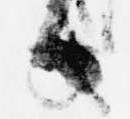
ハ